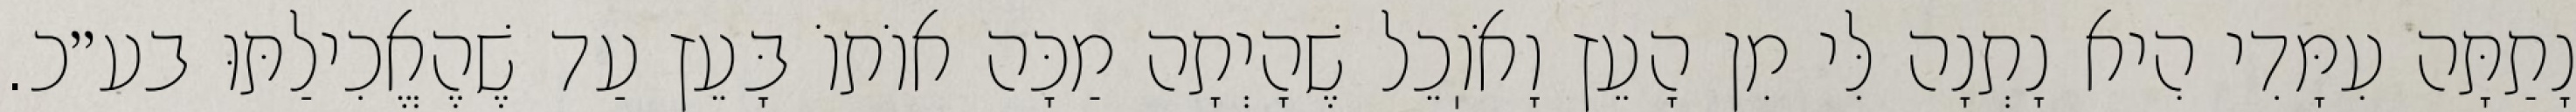
נָתַתָּה עִמָּדִי הִיא נָתְנָה לִּי מִן הָעֵץ וָאֹוֽכֵל שֶׁהָיְתָה מַכָּה אוֹתוֹ בָּעֵץ עַד שֶׁהֶאֱכִילַתּוּ בע״כ.